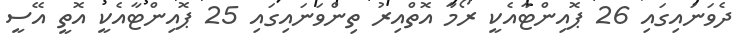
ދެވަނައިގައި 26 ޕޮއިންޓާއެކީ ރޯމާ އޮތްއިރު ތިންވަނައިގައި 25 ޕޮއިންޓާއެކީ އޮތީ އޭސީ